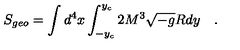
S _ { g e o } = \int d ^ { 4 } x \int _ { - y _ { c } } ^ { y _ { c } } 2 M ^ { 3 } \sqrt { - g } R d y \quad .